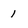
Character: 1